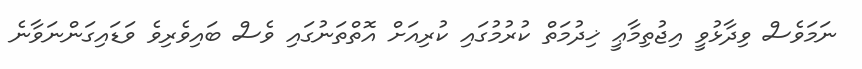
ނަމަވެސް ވިދާޅުވީ އިޖުތިމާޢީ ޚިދުމަތް ކުރުމުގައި ކުރިއަށް އޮތްތަނުގައި ވެސް ބައިވެރިވެ ވަޑައިގަންނަވާނެ